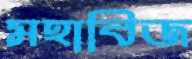
মহাবিজ